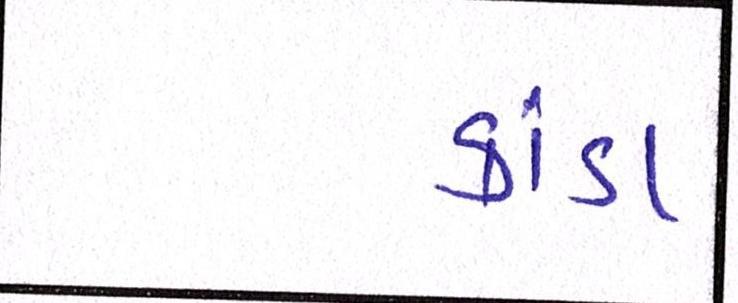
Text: કાંડા